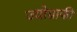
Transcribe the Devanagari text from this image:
ज्योग्राफी